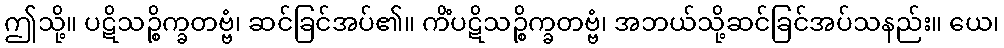
ဤသို့။ ပဋိသဉ္စိက္ခတဗ္ဗံ၊ ဆင်ခြင်အပ်၏။ ကိံပဋိသဉ္စိက္ခတဗ္ဗံ၊ အဘယ်သို့ဆင်ခြင်အပ်သနည်း။ ယေ၊